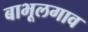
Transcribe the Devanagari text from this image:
बाभूलगाव